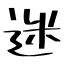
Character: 迷